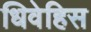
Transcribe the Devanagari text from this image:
धिवेहिस